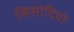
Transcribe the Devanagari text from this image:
सिसोदियो